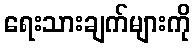
ရေးသားချက်များကို